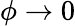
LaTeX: \phi\to 0